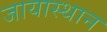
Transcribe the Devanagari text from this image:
जायास्थान